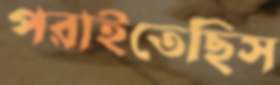
পরাইতেছিস